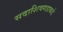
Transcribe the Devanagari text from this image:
सदाशिवगडाकडे